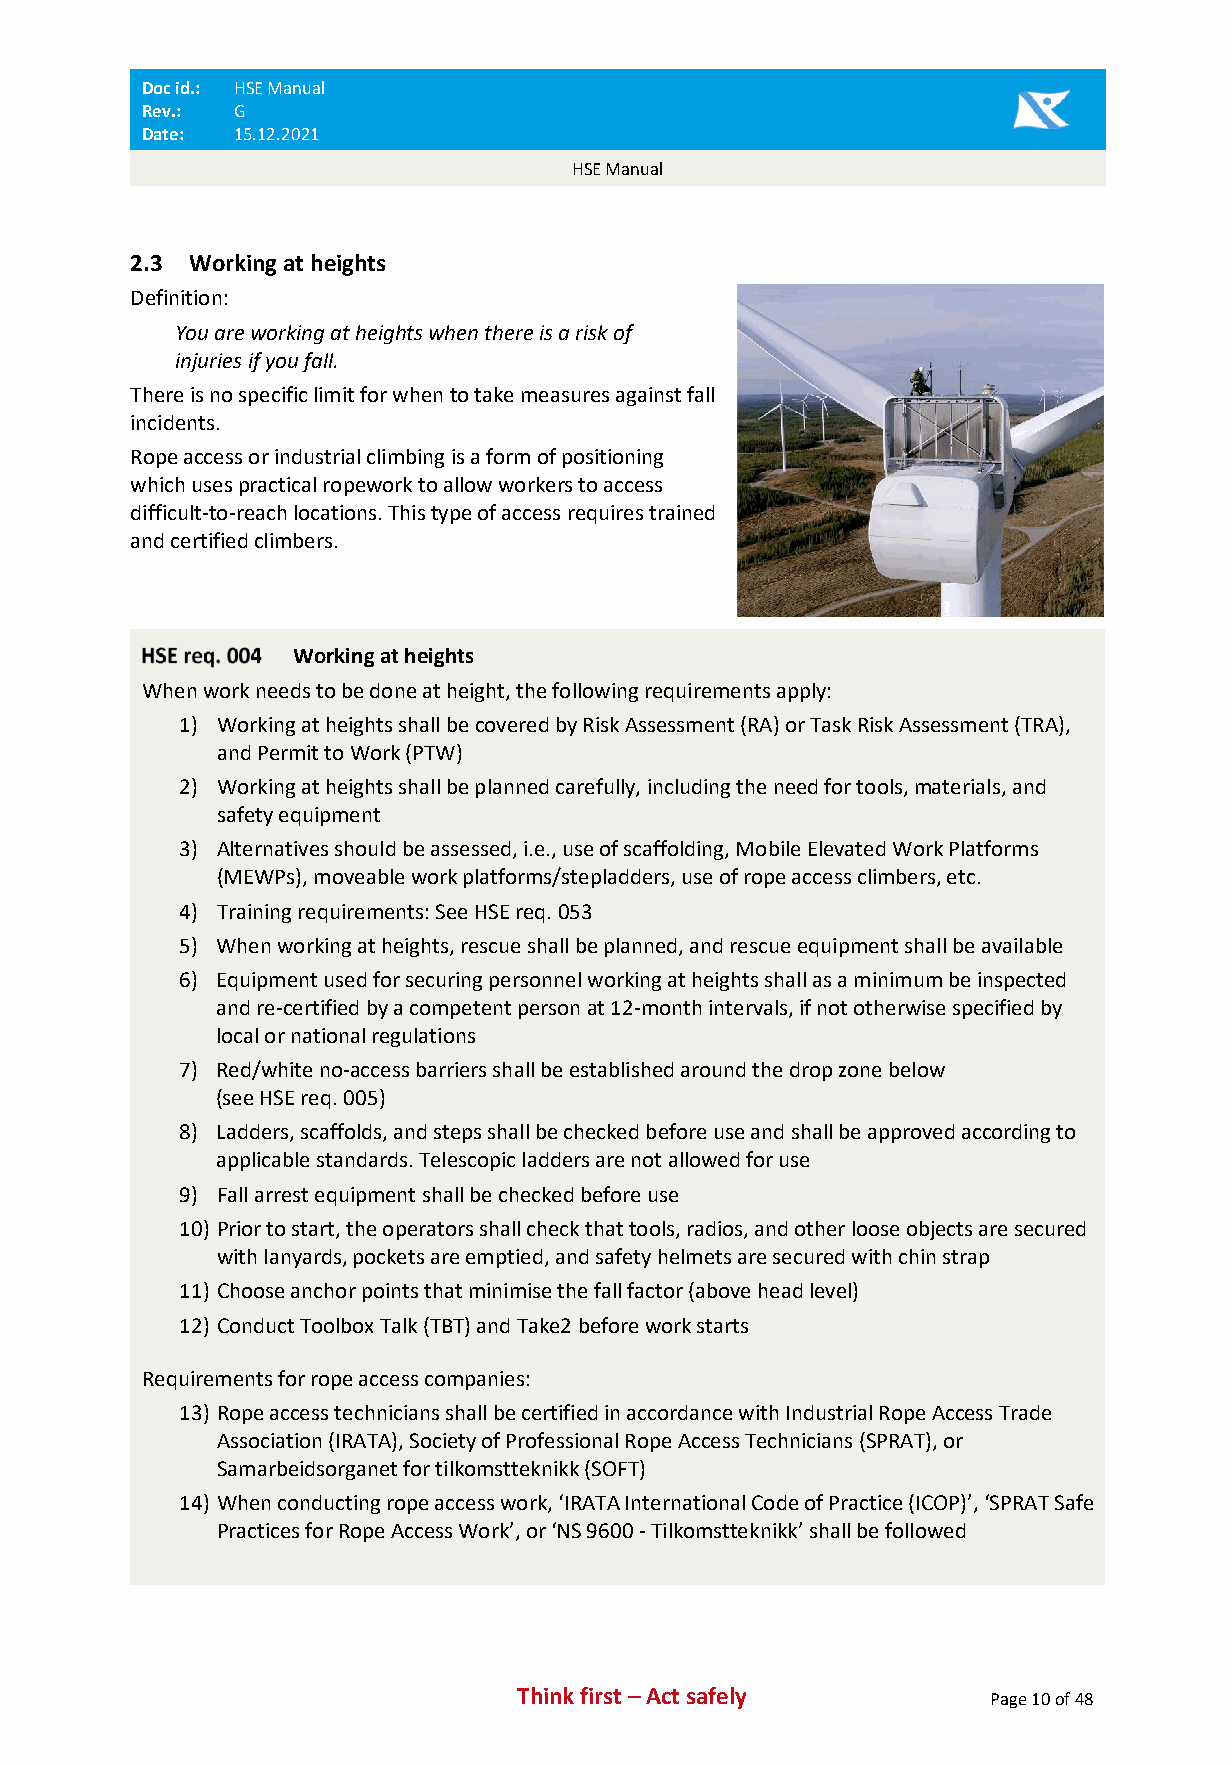
Doc id.: HSE Manual
 Rev.: G
 Date: 15.12.2021
 HSE Manual
 2.3 Working at heights
 Definition:
 You are working at heights when there is a risk of
 injuries if you fall.
 There is no specific limit for when to take measures against fall
 incidents.
 Rope access or industrial climbing is a form of positioning
 which uses practical ropework to allow workers to access
 difficult-to-reach locations. This type of access requires trained
 and certified climbers.
 Working at heights
 When work needs to be done at height, the following requirements apply:
 1) Working at heights shall be covered by Risk Assessment (RA) or Task Risk Assessment (TRA),
 and Permit to Work (PTW)
 2) Working at heights shall be planned carefully, including the need for tools, materials, and
 safety equipment
 3) Alternatives should be assessed, i.e., use of scaffolding, Mobile Elevated Work Platforms
 (MEWPs), moveable work platforms/stepladders, use of rope access climbers, etc.
 4) Training requirements: See HSE req. 053
 5) When working at heights, rescue shall be planned, and rescue equipment shall be available
 6) Equipment used for securing personnel working at heights shall as a minimum be inspected
 and re-certified by a competent person at 12-month intervals, if not otherwise specified by
 local or national regulations
 7) Red/white no-access barriers shall be established around the drop zone below
 (see HSE req. 005)
 8) Ladders, scaffolds, and steps shall be checked before use and shall be approved according to
 applicable standards. Telescopic ladders are not allowed for use
 9) Fall arrest equipment shall be checked before use
 10) Prior to start, the operators shall check that tools, radios, and other loose objects are secured
 with lanyards, pockets are emptied, and safety helmets are secured with chin strap
 11) Choose anchor points that minimise the fall factor (above head level)
 12) Conduct Toolbox Talk (TBT) and Take2 before work starts
 Requirements for rope access companies:
 13) Rope access technicians shall be certified in accordance with Industrial Rope Access Trade
 Association (IRATA), Society of Professional Rope Access Technicians (SPRAT), or
 Samarbeidsorganet for tilkomstteknikk (SOFT)
 14) When conducting rope access work, ‘IRATA International Code of Practice (ICOP)’, ‘SPRAT Safe
 Practices for Rope Access Work’, or ‘NS 9600 - Tilkomstteknikk’ shall be followed
 Think first – Act safely       Page 10 of 48